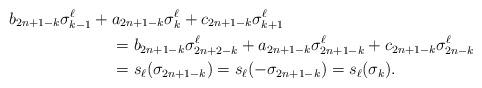
LaTeX: \begin{align*}b_{2n+1-k}\sigma_{k-1}^\ell+{}&a_{2n+1-k}\sigma_{k}^\ell+c_{2n+1-k} \sigma_{k+1}^\ell\\&=b_{2n+1-k}\sigma_{2n+2-k}^\ell+a_{2n+1-k}\sigma_{2n+1-k}^\ell+c_{2n+1-k}\sigma_{2n-k}^\ell\\&=s_\ell( \sigma_{2n+1-k})=s_\ell(-\sigma_{2n+1-k})=s_\ell(\sigma_{k}).\end{align*}